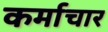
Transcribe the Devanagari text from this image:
कर्माचार